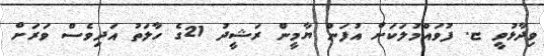
ވިދާޅުވީ ޏ. ފުވައްމުލަކަށް އުފަން ޔާމީން ރަޝީދު 21ގެ ހާލަތު އަދިވެސް ވަރަށް